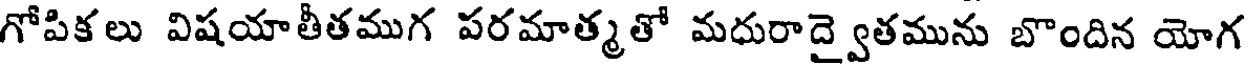
గోపికలు విషయాతీతముగ పరమాత్మతో మధురాద్వైతమును బొందిన యోగ